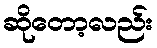
ဆိုတော့လည်း